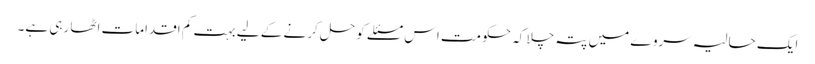
ایک حالیہ سروے میں پتہ چلا کہ حکومت اس مسئلے کو حل کرنے کے لیے بہت کم اقدامات اٹھا رہی ہے۔